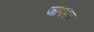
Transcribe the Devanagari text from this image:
जायपत्र